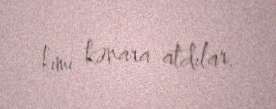
kimi kənara atdılar.